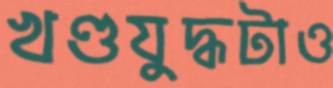
খণ্ডযুদ্ধটাও